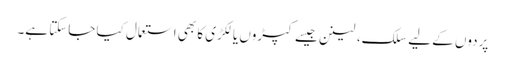
پردوں کے لیے سلک، لینن جیسے کپڑوں یا لکڑی کا بھی استعمال کیا جاسکتا ہے۔